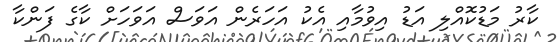
ކާރު މަޑުކޮއްލި އަޑު އިވުމާއި އެކު އަހަރެން އަވަސް އަވަހަށް ކާގެ ފަންކާ